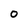
Character: O